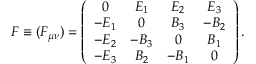
F \equiv ( F _ { \mu \nu } ) = \left( \begin{array} { c c c c } { { 0 } } & { { E _ { 1 } } } & { { E _ { 2 } } } & { { E _ { 3 } } } \\ { { - E _ { 1 } } } & { { 0 } } & { { B _ { 3 } } } & { { - B _ { 2 } } } \\ { { - E _ { 2 } } } & { { - B _ { 3 } } } & { { 0 } } & { { B _ { 1 } } } \\ { { - E _ { 3 } } } & { { B _ { 2 } } } & { { - B _ { 1 } } } & { { 0 } } \end{array} \right) .